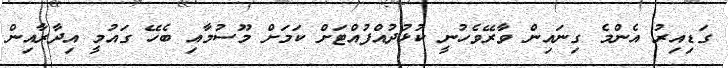
ގަޑިއިރު އެންމެ ގިނައިން ވާރޭވެހުނީ ކުޅުދުއްފުއްޓަށް ކަމަށް މޫސުމާއި ބެހޭ ގައުމީ އިދާރާއިން